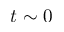
t \sim 0